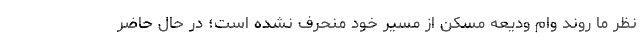
نظر ما روند وام ودیعه مسکن از مسیر خود منحرف نشده است؛ در حال حاضر